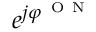
e ^ { j \varphi ^ { \mathrm { ~ O ~ N ~ } } }